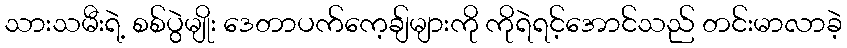
သားသမီးရဲ့ စစ်ပွဲမျိုး ဒေတာပက်ကေ့ချ်များကို ကိုရဲရင့်အောင်သည် တင်းမာလာခဲ့